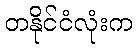
တနိုင်ငံလုံးက